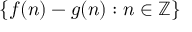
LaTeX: \{ f ( n ) - g ( n ) : n \in \mathbb { Z } \}